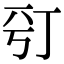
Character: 𠀩